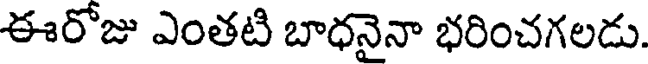
ఈరోజు ఎంతటి బాధనైనా భరించగలడు.